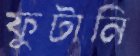
ফুটানি